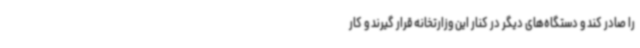
را صادر کند و دستگاه‌های دیگر در کنار این وزارتخانه قرار گیرند و کار